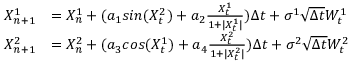
\begin{array} { r l } { X _ { n + 1 } ^ { 1 } } & { = X _ { n } ^ { 1 } + ( a _ { 1 } s i n ( X _ { t } ^ { 2 } ) + a _ { 2 } \frac { X _ { t } ^ { 1 } } { 1 + | X _ { t } ^ { 1 } | } ) \Delta t + \sigma ^ { 1 } \sqrt { \Delta t } W _ { t } ^ { 1 } } \\ { X _ { n + 1 } ^ { 2 } } & { = X _ { n } ^ { 2 } + ( a _ { 3 } c o s ( X _ { t } ^ { 1 } ) + a _ { 4 } \frac { X _ { t } ^ { 2 } } { 1 + | X _ { t } ^ { 2 } | } ) \Delta t + \sigma ^ { 2 } \sqrt { \Delta t } W _ { t } ^ { 2 } } \end{array}